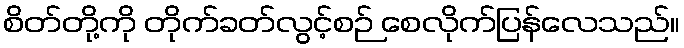
စိတ်တို့ကို တိုက်ခတ်လွင့်စဉ် စေလိုက်ပြန်လေသည်။